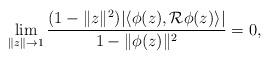
LaTeX: \begin{align*} \lim_{\|z\|\to 1}\frac{(1- \|z\|^2) |\langle \phi(z), {\mathcal R\phi(z)}\rangle|}{1- \|\phi(z)\|^2}=0,\end{align*}